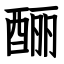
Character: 酾